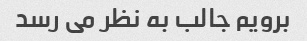
برویم جالب به نظر می رسد